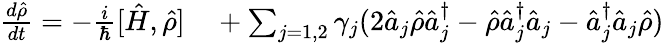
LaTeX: \begin{array}{rl}{\frac{d\hat{\rho}}{dt}=-\frac{i}{\hbar}[\hat{H},\hat{\rho}]}&{{}+\sum_{j=1,2}\gamma_{j}(2\hat{a}_{j}\hat{\rho}\hat{a}_{j}^{\dagger}-\hat{\rho}\hat{a}_{j}^{\dagger}\hat{a}_{j}-\hat{a}_{j}^{\dagger}\hat{a}_{j}\hat{\rho})}\end{array}